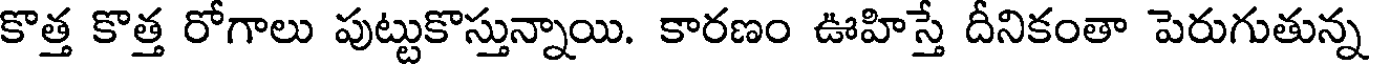
కొత్త కొత్త రోగాలు పుట్టుకొస్తున్నాయి. కారణం ఊహిస్తే దీనికంతా పెరుగుతున్న